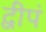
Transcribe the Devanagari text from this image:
द्वीपं